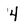
Character: 4